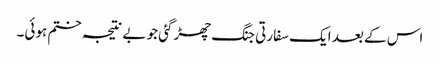
اس کے بعد ایک سفارتی جنگ چھڑ گئی جو بے نتیجہ ختم ہوئی۔